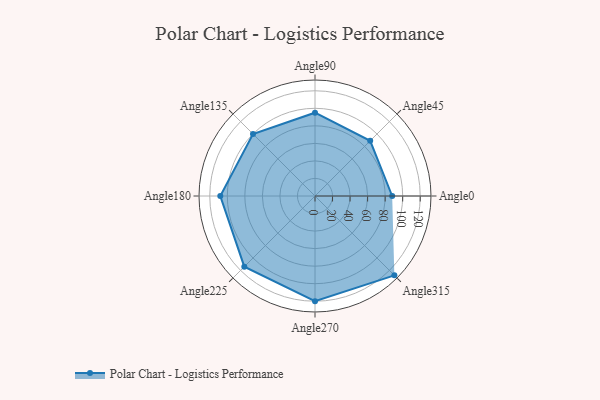
{"axis": {"x": "Angle", "y": "Radius"}, "legend": [""], "data": [{"x": "Angle0", "y": 88.0, "type": ""}, {"x": "Angle45", "y": 89.0, "type": ""}, {"x": "Angle90", "y": 95.0, "type": ""}, {"x": "Angle135", "y": 100.0, "type": ""}, {"x": "Angle180", "y": 108.0, "type": ""}, {"x": "Angle225", "y": 114.0, "type": ""}, {"x": "Angle270", "y": 120.0, "type": ""}, {"x": "Angle315", "y": 128.0, "type": ""}]}